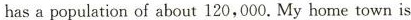
hasa population of about 120,000. My home town is